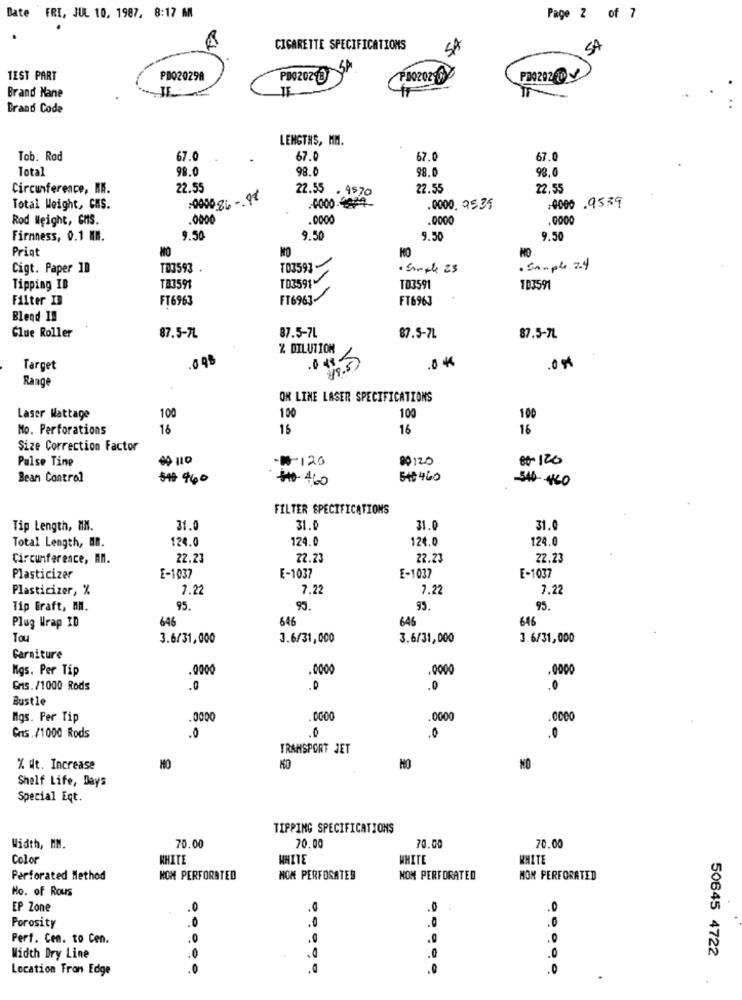
Date FRI, JUL 10, 1987, 8:17 AM
Page 2 of 7
.
CIGARETTE SPECIFICATIONS
SA
SP
TEST PART
PD02029A
PRO2020
P0029260
IF
Brand Mane
Brand Code
LENGTHS, MM.
Tob. Rad
67.0
67.0
67.0
67.0
Total
98.0
98.0
98.0
98.0
Circumference, EN.
22.55
22.55 . 9570
22.55
22.55
0000.4624
0000 .9539
Total Weight, CHS.
.0000. 25.35
Rod Weight, GMS.
.0000
0000
.0000
.0000
Firmness, 0.1 MIN.
9.50
9.5
9.50
9.50
Prigt
NO
HO
Cigt. Paper 19
TO3593 .
TO3591
· Simple 25
· Sample 2.4
TD3591
Tipping ID
TA3591
103591
103591
Filter I3
FT6963
FT6963
FT6963
Blend IN
Clue Roller
87.5-7L
87.5-7L
87.5-7L
87.5-7L
% DILUTION
.048
.0 4
.0 4
Target
19.5
Range
ON LINE LASER SPECIFICATIONS
100
100
Laser Wattage
100
100
Mo. Perforations
16
15
16
16
Size Correction Factor
Pulse Tine
-1-120
80120
80-120
Bean Control
54 460
₩ 4,60
51460
-540-460
FILTER SPECIFICATIONS
Tip Length, MM.
31.0
31.0
31.0
31.0
124.0
124.0
124.0
124.0
Total Length, EN.
Circumference, An.
22.23
22.23
22.23
22.23
E-1037
Plasticizer
E-1037
E-1037
E-1037
Plasticizer, %
7.22
7.2
7.2
7.22
Tip Graft, MN.
95.
95.
95.
95.
646
646
646
646
Plug Wrap ID
Tou
3.6/31,000
3.6/31,000
3.6/31,000
3.6/31,000
Garniture
Mgs. Per Tip
.0000
.0000
.0000
GMs. /1000 Rods
.0
.D
.0
Bustle
Mgs. Per Tip
.000
00:00
.0000
30
Gns. /1000 Rods
.0
TRANSPORT JET
% Wt. Increase
MO
MO
NO
Shelf Life, Days
Special Eqt.
TIPPING SPECIFICATIONS
Width, HM.
70.00
70.00
70.00
70.00
Color
WHITE
WHITE
WHITE
WHITE
Perforated Method
HOW PERFORATED
NON PERFORATED
NOM PERFORATED
MON PERFORATED
No. of Rous
EP Zone
.0
.0
Porosity
Perf. Cen. to Cen.
.0
.0
.0
.0
50645 4722
Width Dry Line
,0
Location Tron Edge
.0
0